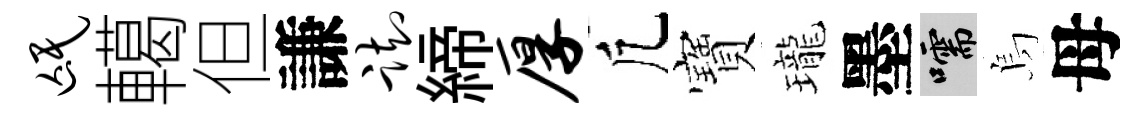
氓轕但謙踟締厚凢寶瓏墨嚅烏母